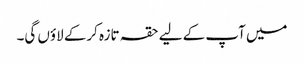
میں آپ کے لیے حقہ تازہ کرکے لاؤں گی۔